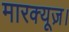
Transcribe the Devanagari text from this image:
मारक्यूज़।